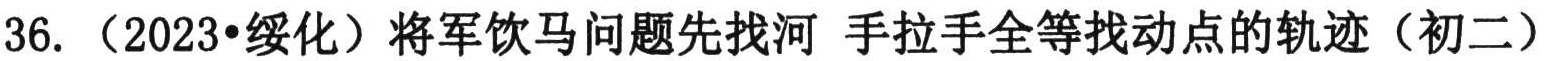
36. （2023•绥化）将军饮马问题先找河 手拉手全等找动点的轨迹（初二）